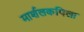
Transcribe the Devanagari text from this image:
मार्शलकपिला